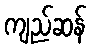
ကျည်ဆန်